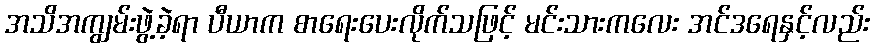
အသိအကျွမ်းဖွဲ့ခဲ့ရာ ပီယာက စာရေးပေးလိုက်သဖြင့် မင်းသားကလေး အင်ဒရေနှင့်လည်း